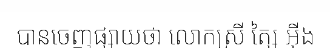
បានចេញផ្សាយថា លោកស្រី ត្សៃ អ៊ីង